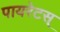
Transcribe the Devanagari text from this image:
पायरेटस्